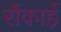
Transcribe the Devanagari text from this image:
रोंकाई